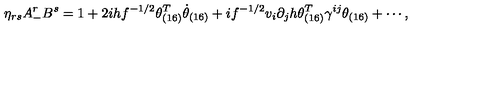
\eta _ { r s } A _ { - } ^ { r } B ^ { s } = 1 + 2 i h f ^ { - 1 / 2 } \theta _ { ( 1 6 ) } ^ { T } \dot { \theta } _ { ( 1 6 ) } + i f ^ { - 1 / 2 } v _ { i } \partial _ { j } h \theta _ { ( 1 6 ) } ^ { T } \gamma ^ { i j } \theta _ { ( 1 6 ) } + \cdots ,